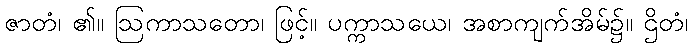
ဇာတံ၊ ၏။ ဩကာသတော၊ ဖြင့်။ ပက္ကာသယေ၊ အစာကျက်အိမ်၌။ ဌိတံ၊